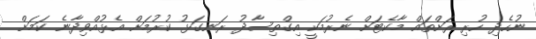
ނުހެދި ހުރި ރަށްތައް މާކެޓަށް ނެރުމަކީ އިގްތިސާދު ރަނގަޅު ކުރުމަށް އެޅުއްވިދާނެ ކަމަށް